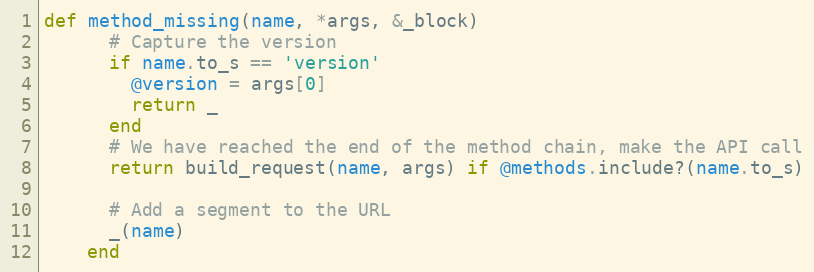
Language: Ruby
def method_missing(name, *args, &_block)
      # Capture the version
      if name.to_s == 'version'
        @version = args[0]
        return _
      end
      # We have reached the end of the method chain, make the API call
      return build_request(name, args) if @methods.include?(name.to_s)

      # Add a segment to the URL
      _(name)
    end